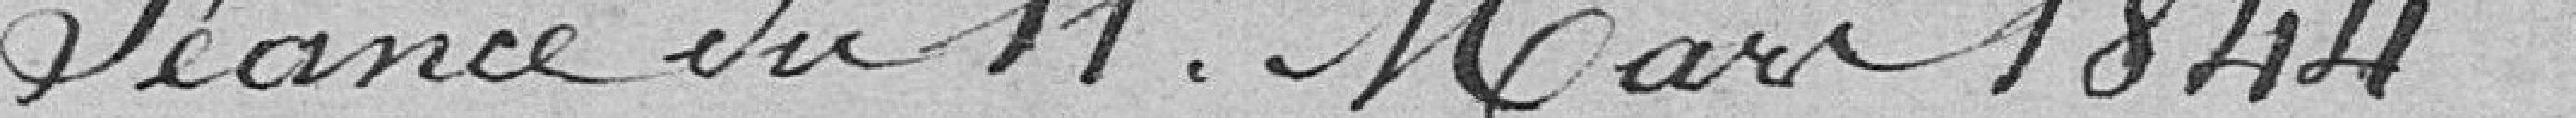
Séance du 11 mars 1844